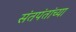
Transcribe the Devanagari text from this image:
संतपंतांच्या